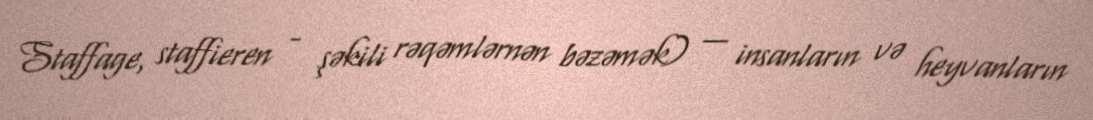
Staffage, staffieren - şəkili rəqəmlərnən bəzəmək) — insanların və heyvanların